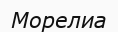
Морелиа